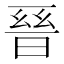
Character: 𭦙